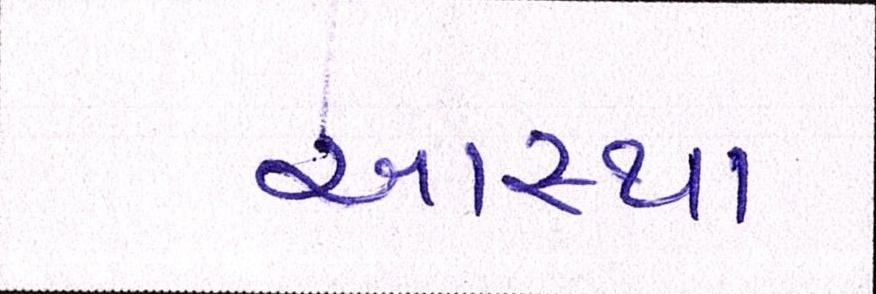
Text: આસ્થા